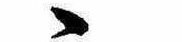
ゝ